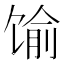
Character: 𱄁